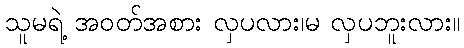
သူမရဲ့ အဝတ်အစား လှပလား၊မ လှပဘူးလား။